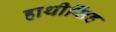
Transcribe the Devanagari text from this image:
हाथीसिंह